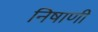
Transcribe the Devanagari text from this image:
निषाणी